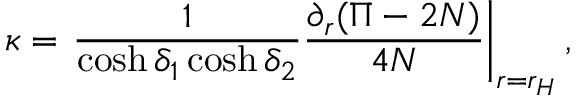
\kappa = \left. { \frac { 1 } { \cosh \delta _ { 1 } \cosh \delta _ { 2 } } } { \frac { \partial _ { r } ( \Pi - 2 N ) } { 4 N } } \right| _ { r = r _ { H } } ,